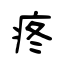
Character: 疼